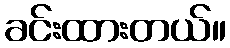
ခင်းထားတယ်။